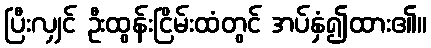
ပြီးလျှင် ဦးထွန်းငြိမ်းထံတွင် အပ်နှံ၍ထား၏။